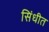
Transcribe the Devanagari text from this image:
सिंधीत